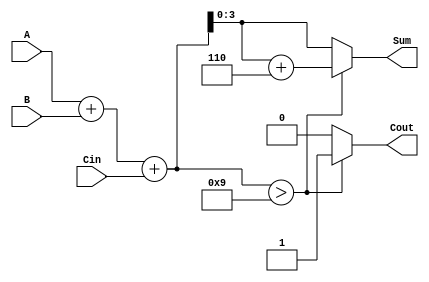
module BCD_Asynchronous_Adder (
    input [3:0] A,      // First BCD digit
    input [3:0] B,      // Second BCD digit
    input Cin,          // Carry-in
    output reg [3:0] Sum, // BCD result of the addition
    output reg Cout      // Carry-out signal
);

    // Internal wire to hold the binary sum
    wire [4:0] binary_sum; // 5 bits to accommodate carry

    // Calculate the binary sum of A, B, and Cin
    assign binary_sum = A + B + Cin;

    // Combinational logic for BCD correction
    always @(*) begin
        if (binary_sum > 9) begin
            Sum = binary_sum + 6; // Adjust for BCD
            Cout = 1;              // Set carry-out
        end else begin
            Sum = binary_sum[3:0]; // Use lower 4 bits for Sum
            Cout = 0;              // No carry-out
        end
    end

endmodule